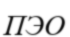
ПЭО